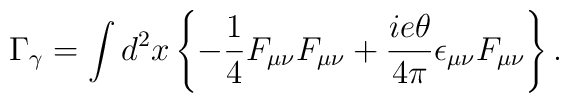
\Gamma_\gamma=\int d^2 x \left\{ -\frac{1}{4} F_{\mu\nu}F_{\mu\nu}+\frac{ie\theta}{4\pi}\epsilon_{\mu\nu} F_{\mu\nu}\right\}.